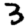
Digit: 3